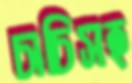
চাচিসহ